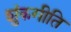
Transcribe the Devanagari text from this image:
शुंकगीति